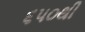
૬૫૦થી